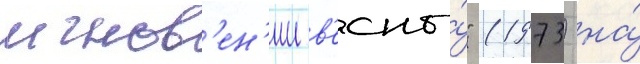
мгнов'ен'ии в'есны́" (1973) на́